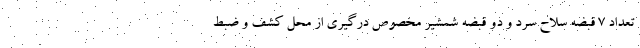
تعداد ۷ قبضه سلاح سرد و دو قبضه شمشیر مخصوص درگیری از محل کشف و ضبط